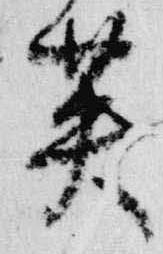
英